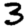
Digit: 3